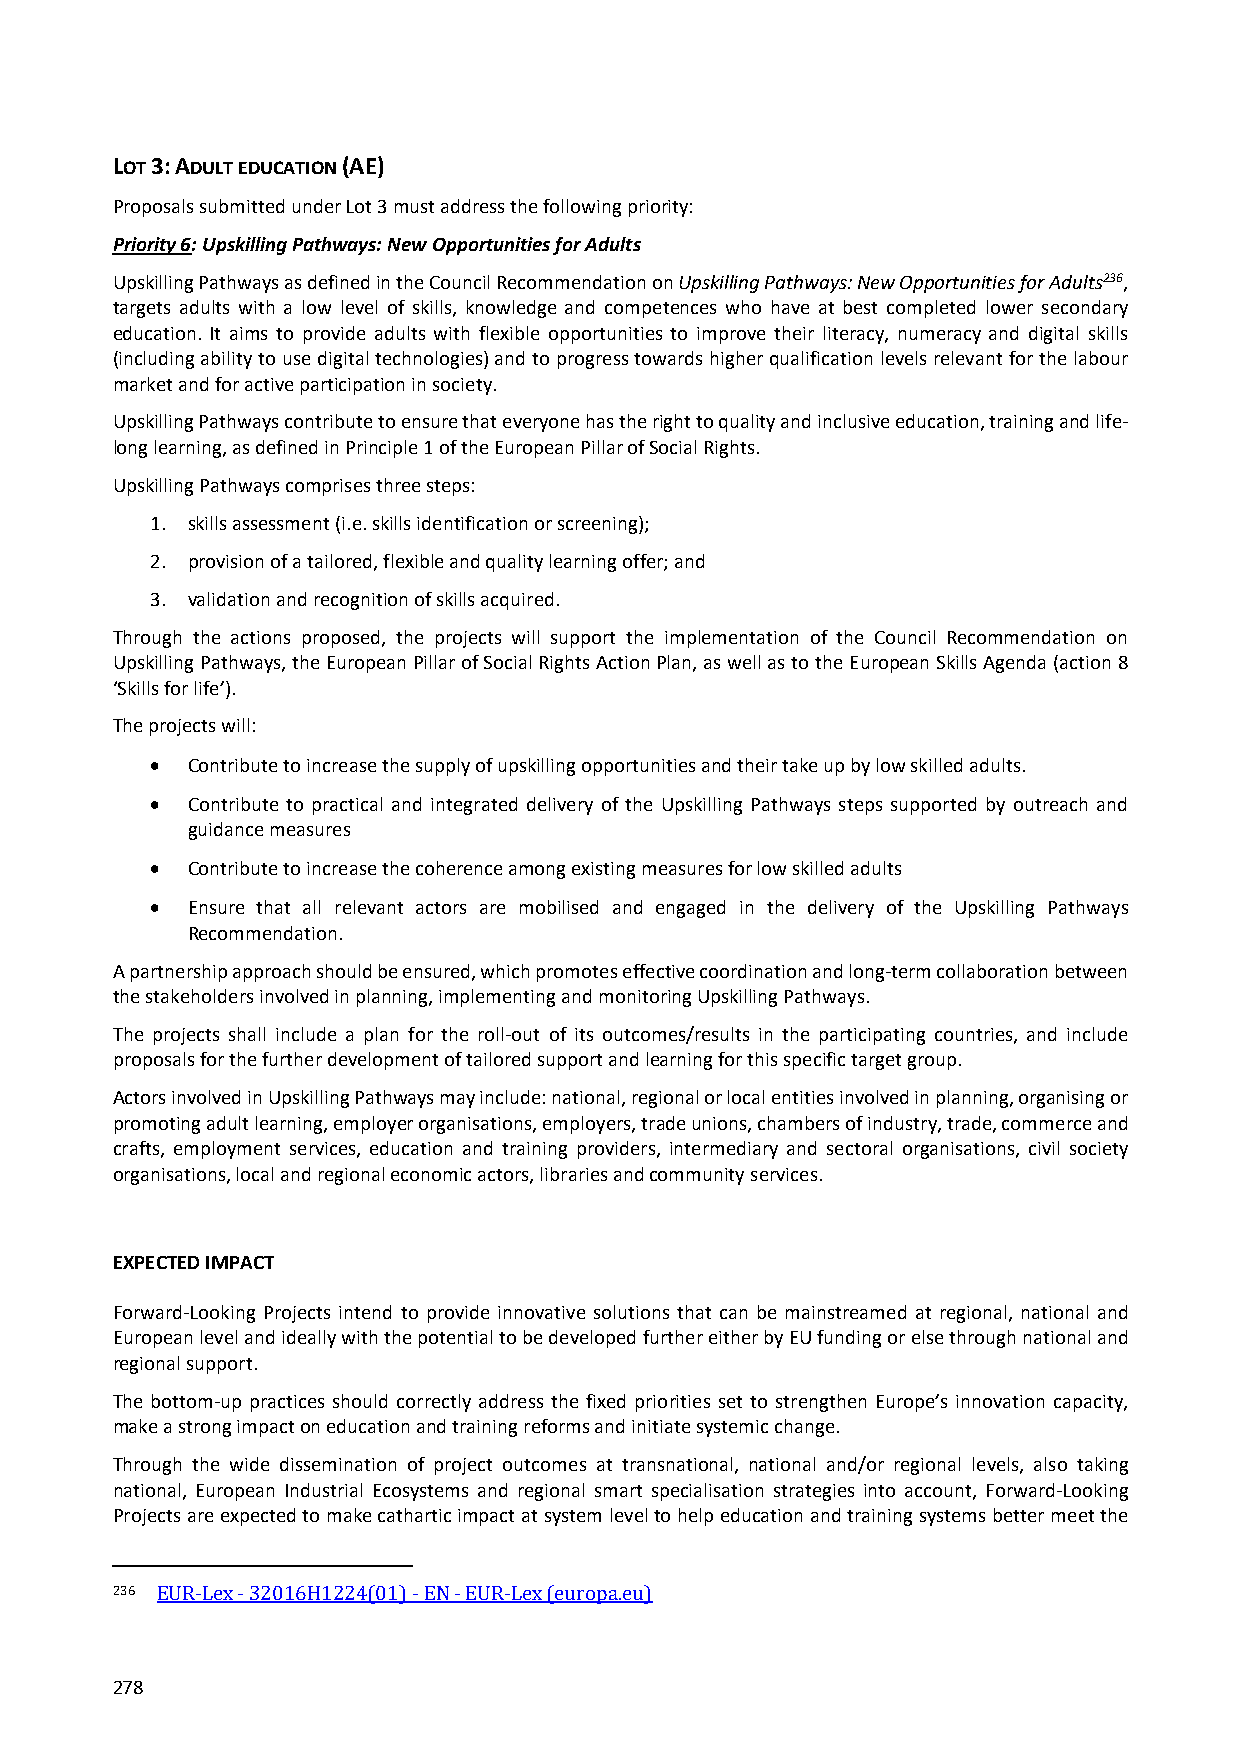
LOT 3: ADULT EDUCATION (AE)
 Proposals submitted under Lot 3 must address the following priority:
 Priority 6: Upskilling Pathways: New Opportunities for Adults
 Upskilling Pathways as defined in the Council Recommendation on Upskilling Pathways: New Opportunities for Adults236,
 targets adults with a low level of skills, knowledge and competences who have at best completed lower secondary
 education. It aims to provide adults with flexible opportunities to improve their literacy, numeracy and digital skills
 (including ability to use digital technologies) and to progress towards higher qualification levels relevant for the labour
 market and for active participation in society.
 Upskilling Pathways contribute to ensure that everyone has the right to quality and inclusive education, training and life‐
 long learning, as defined in Principle 1 of the European Pillar of Social Rights.
 Upskilling Pathways comprises three steps:
 1. skills assessment (i.e. skills identification or screening);
 2. provision of a tailored, flexible and quality learning offer; and
 3. validation and recognition of skills acquired.
 Through the actions proposed, the projects will support the implementation of the Council Recommendation on
 Upskilling Pathways, the European Pillar of Social Rights Action Plan, as well as to the European Skills Agenda (action 8
 ‘Skills for life’).
 The projects will:
  Contribute to increase the supply of upskilling opportunities and their take up by low skilled adults.
  Contribute to practical and integrated delivery of the Upskilling Pathways steps supported by outreach and
 guidance measures
  Contribute to increase the coherence among existing measures for low skilled adults
  Ensure that all relevant actors are mobilised and engaged in the delivery of the Upskilling Pathways
 Recommendation.
 A partnership approach should be ensured, which promotes effective coordination and long‐term collaboration between
 the stakeholders involved in planning, implementing and monitoring Upskilling Pathways.
 The projects shall include a plan for the roll‐out of its outcomes/results in the participating countries, and include
 proposals for the further development of tailored support and learning for this specific target group.
 Actors involved in Upskilling Pathways may include: national, regional or local entities involved in planning, organising or
 promoting adult learning, employer organisations, employers, trade unions, chambers of industry, trade, commerce and
 crafts, employment services, education and training providers, intermediary and sectoral organisations, civil society
 organisations, local and regional economic actors, libraries and community services.
 EXPECTED IMPACT
 Forward‐Looking Projects intend to provide innovative solutions that can be mainstreamed at regional, national and
 European level and ideally with the potential to be developed further either by EU funding or else through national and
 regional support.
 The bottom‐up practices should correctly address the fixed priorities set to strengthen Europe’s innovation capacity,
 make a strong impact on education and training reforms and initiate systemic change.
 Through the wide dissemination of project outcomes at transnational, national and/or regional levels, also taking
 national, European Industrial Ecosystems and regional smart specialisation strategies into account, Forward‐Looking
 Projects are expected to make cathartic impact at system level to help education and training systems better meet the
 236 EUR‐Lex ‐ 32016H1224(01) ‐ EN ‐ EUR‐Lex (europa.eu)
 278